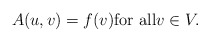
\begin{align*} A(u,v)=f(v){\rm for \,\,all}v\in V.\end{align*}